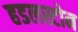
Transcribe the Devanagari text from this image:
हडलस्टोन